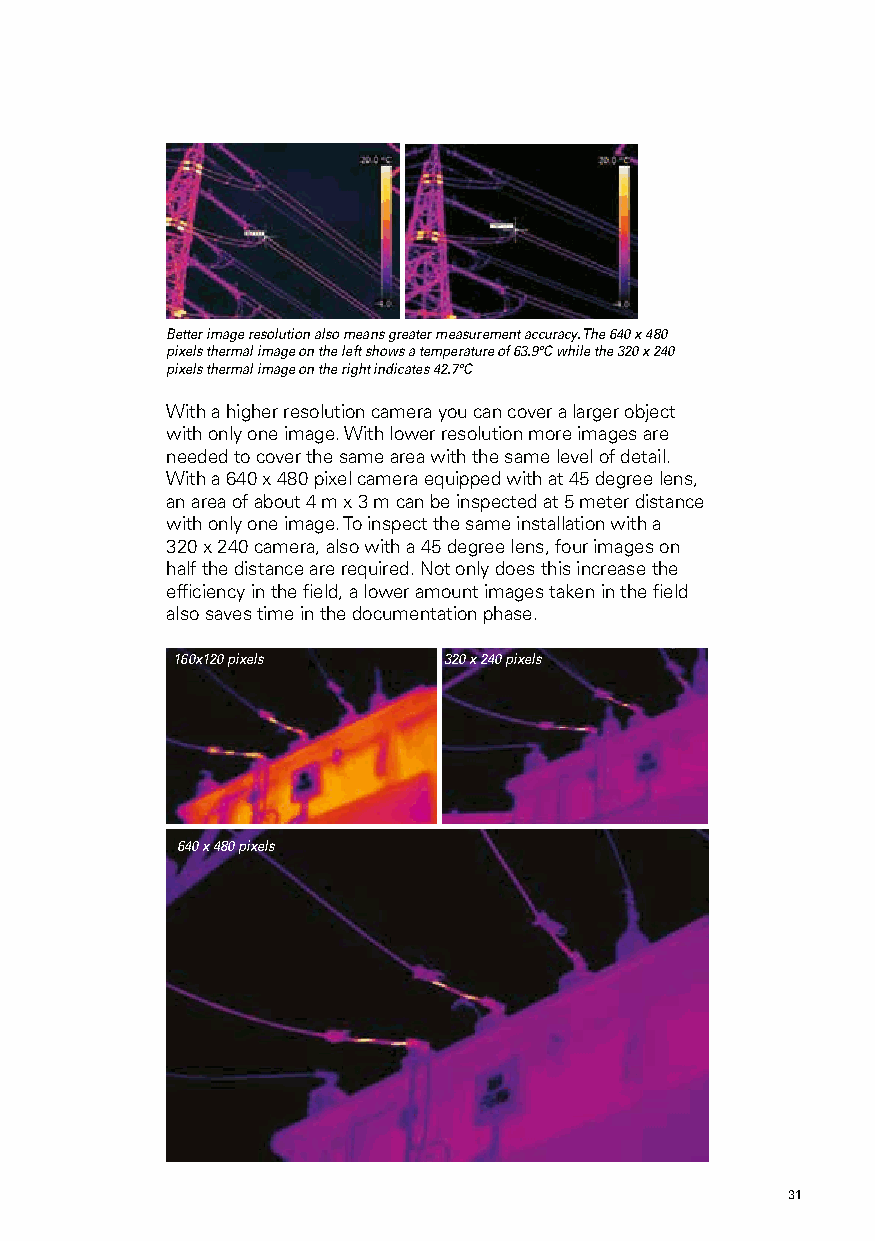
Better image resolution also means greater measurement accuracy. The 640 x 480
 pixels thermal image on the left shows a temperature of 63.9°C while the 320 x 240
 pixels thermal image on the right indicates 42.7°C
 With a higher resolution camera you can cover a larger object
 with only one image. With lower resolution more images are
 needed to cover the same area with the same level of detail.
 With a 640 x 480 pixel camera equipped with at 45 degree lens,
 an area of about 4 m x 3 m can be inspected at 5 meter distance
 with only one image. To inspect the same installation with a
 320 x 240 camera, also with a 45 degree lens, four images on
 half the distance are required. Not only does this increase the
 efficiency in the field, a lower amount images taken in the field
 also saves time in the documentation phase.
 160x120 pixels    320 x 240 pixels
 640 x 480 pixels
 30                                                  31